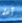
أعلم